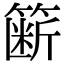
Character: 簖